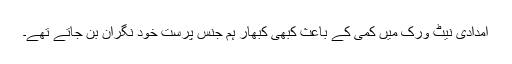
امدادی نیٹ ورک میں کمی کے باعث کبھی کبھار ہم جنس پرست خود نگران بن جاتے تھے۔